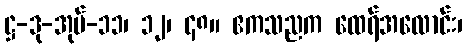
ဋ္ဌ-ဒု-အုပ်-၁၁၊ ၁၂၊ ၄၈။ ဧကသညက ထေရ်အလောင်း၊